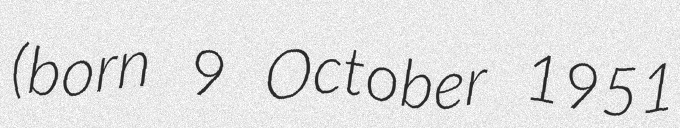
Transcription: (born 9 October 1951